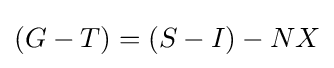
(G-T)=(S-I)-NX